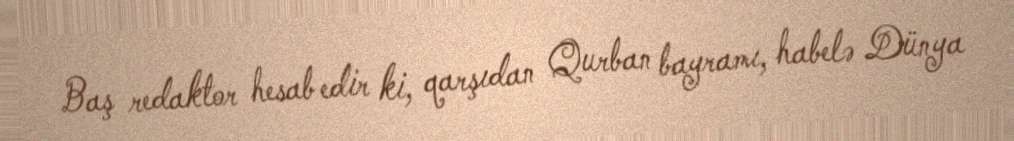
Baş redaktor hesab edir ki, qarşıdan Qurban bayramı, habelə Dünya